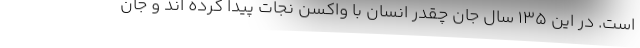
است. در این 135 سال جان چقدر انسان با واکسن نجات پیدا کرده اند و جان